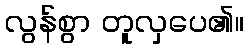
လွန်စွာ တူလှပေ၏။